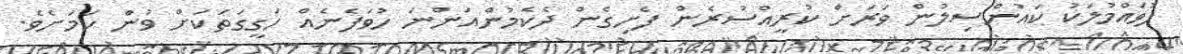
ފުވައްމުލަކު ކައުންސިލުން ވަރަށް ކުރީއްސުރެން ފެށިގެން ދެކެމުންއަންނަ ހުވަފެނެއް ހަގީގަތަކަށް ވުން ކަމަށެވެ.